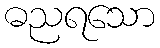
ဓညရသော